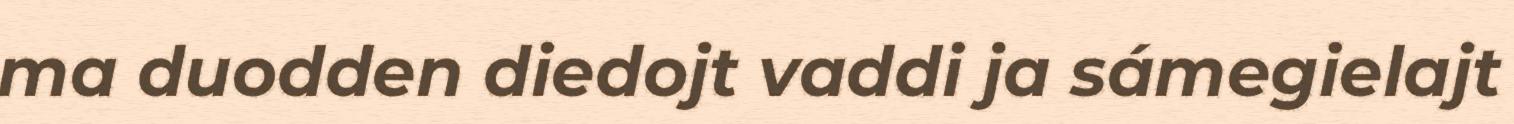
ma duodden diedojt vaddi ja sámegielajt